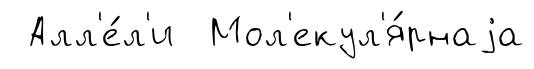
Алл'е́л'и Мол'екул'я́рнаjа